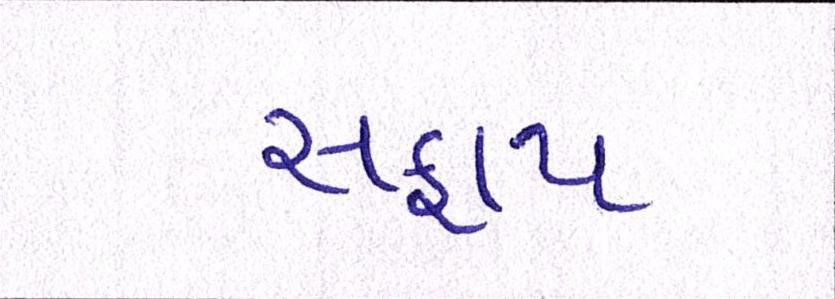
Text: સફાય